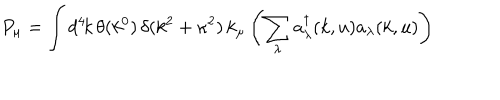
P _ { \mu } = \int d ^ { 4 } \! k \, \theta ( k ^ { 0 } ) \, \delta ( k ^ { 2 } + \kappa ^ { 2 } ) \, k _ { \mu } \left( \sum _ { \lambda } a _ { \lambda } ^ { \dagger } ( k , u ) a _ { \lambda } ( k , u ) \right)